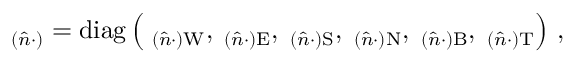
\mathbf \Lambda _ { ( \hat { n } \cdot ) } = \operatorname { d i a g } \left( \mathbf \Lambda _ { ( \hat { n } \cdot ) \mathrm { W } } , \mathbf \Lambda _ { ( \hat { n } \cdot ) \mathrm { E } } , \mathbf \Lambda _ { ( \hat { n } \cdot ) \mathrm { S } } , \mathbf \Lambda _ { ( \hat { n } \cdot ) \mathrm { N } } , \mathbf \Lambda _ { ( \hat { n } \cdot ) \mathrm { B } } , \mathbf \Lambda _ { ( \hat { n } \cdot ) \mathrm { T } } \right) \, ,